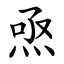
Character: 焏